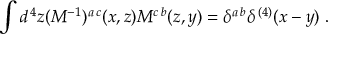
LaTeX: \int d ^ { \, 4 } z ( { \cal M } ^ { - 1 } ) ^ { a \, c } ( x , z ) { \cal M } ^ { c \, b } ( z , y ) = \delta ^ { a \, b } \delta ^ { \, ( 4 ) } ( x - y ) \; .